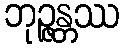
ဘုဉ္ဇန္တဿ